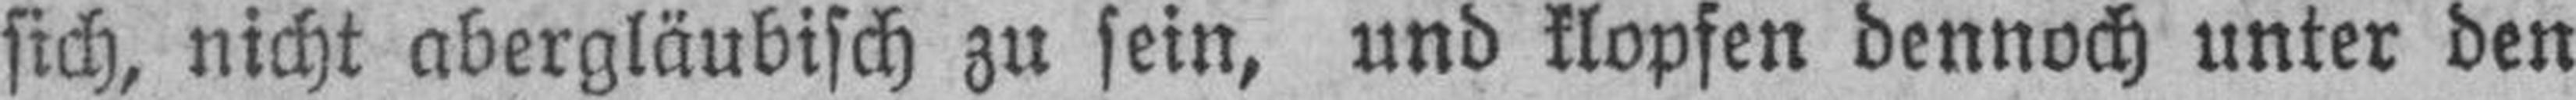
sich, nicht abergläubisch zu sein, und klopfen dennoch unter den